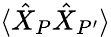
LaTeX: \langle\hat{X}_{P}\hat{X}_{P^{\prime}}\rangle